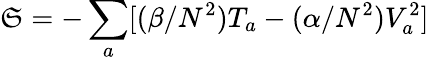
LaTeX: \mathfrak{S}=-\sum_{a}[(\beta/N^{2})T_{a}-(\alpha/N^{2})V_{a}^{2}]